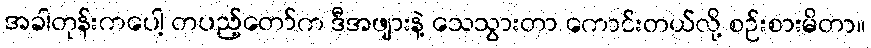
အခါတုန်းကပေါ့ တပည့်တော်က ဒီအဖျားနဲ့ သေသွားတာ ကောင်းတယ်လို့ စဉ်းစားမိတာ။